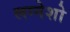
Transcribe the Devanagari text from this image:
लग्नेशो